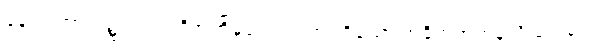
နောက်ကာလ၌။ ဥပ္ပါဒါဒိအဘိမုခံ၊ ဥပါဒ်အစရှိသော အခိုက်အတန့်သို့ ရှေးရှု။